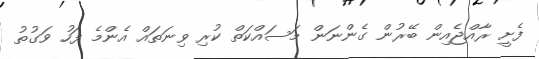
ފެށީ ރާއްޖެއިން ބޭރުން ގެންނަން މަސައްކަތް ކުރި ވިނަތައް އެންމެ ފަހު ވަގުތު